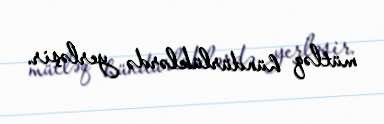
mütləq hündürlüklərdə yerləşir.